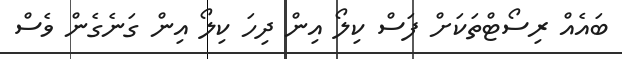
ބައެއް ރިސޯޓްތަކަށް ފަސް ކިލޯ އިން ދިހަ ކިލޯ އިން ގަނެގެން ވެސް